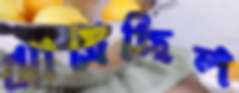
ঝাম্‌রেছিল